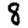
Digit: 8